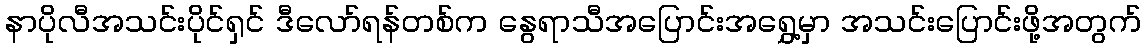
နာပိုလီအသင်းပိုင်ရှင် ဒီလော်ရန်တစ်က နွေရာသီအပြောင်းအရွှေ့မှာ အသင်းပြောင်းဖို့အတွက်